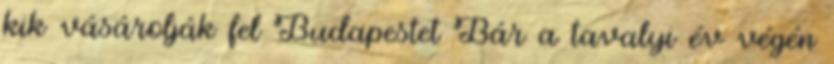
kik vásárolják fel Budapestet Bár a tavalyi év végén